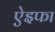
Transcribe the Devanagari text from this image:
ऐइफा